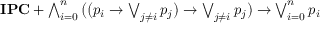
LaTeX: \textstyle \mathbf { I P C } + \bigwedge _ { i = 0 } ^ { n } { \bigl ( } { \bigl ( } p _ { i } \to \bigvee _ { j \neq i } p _ { j } { \bigr ) } \to \bigvee _ { j \neq i } p _ { j } { \bigr ) } \to \bigvee _ { i = 0 } ^ { n } p _ { i }